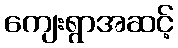
ကျေးရွာအဆင့်